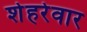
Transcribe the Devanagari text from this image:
शेहरेवार